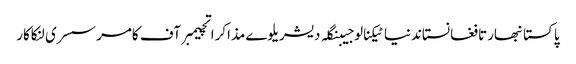
پاکستانبھارتافغانستاندنیاٹیکنالوجیبنگلہ دیشریلوےمذاکراتچیمبر آف کامرسسری لنکاکار